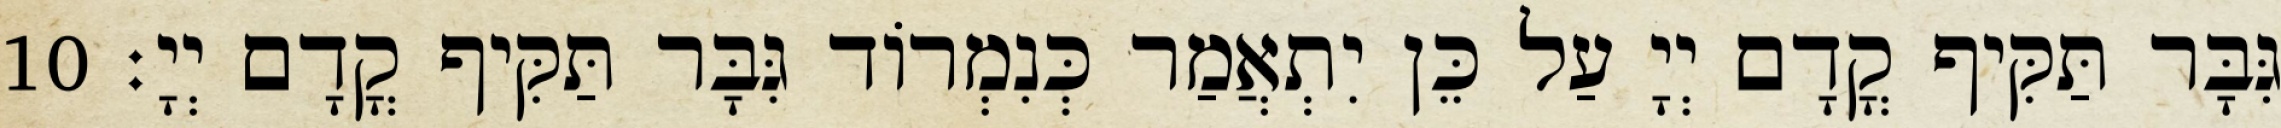
גִּבָּר תַּקִּיף קֳדָם יְיָ עַל כֵּן יִתְאֲמַר כְּנִמְרוֹד גִּבָּר תַּקִּיף קֳדָם יְיָ׃ 10